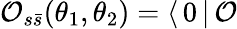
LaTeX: \mathcal{O}_{s\bar{s}}(\theta_{1},\theta_{2})=\langle\, 0\, |\, \mathcal{O}